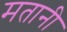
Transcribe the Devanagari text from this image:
मतानी